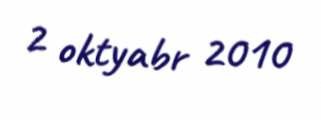
2 oktyabr 2010